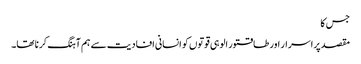
جس کا
مقصد پراسرار اور طاقتور الوہی قوتوں کو انسانی افادیت سے ہم آہنگ کرنا تھا۔